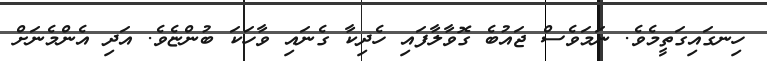
ހިނގައިގަތީމެވެ. ނަމަވެސް ޖައުބެ ގޮވާލާފައި ހެދިކާ ގެނައި ވާހަކަ ބުންޏެވެ. އަދި އެންމެނަށް